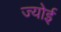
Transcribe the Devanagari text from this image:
ज्योई